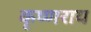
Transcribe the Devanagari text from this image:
कृष्णराय